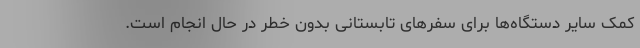
کمک سایر دستگاه‌ها برای سفرهای تابستانی بدون خطر در حال انجام است.